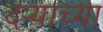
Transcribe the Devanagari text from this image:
दर्‍याच्या